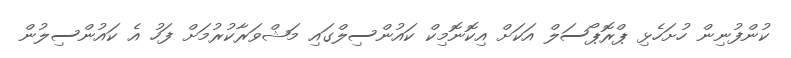
ކުންފުނިން ހުށަހެޅި ޕްރޮޕޯސަލް އަކަށް އިކޮނޮމިކް ކައުންސިލްގައި މަޝްވަރާކުރުމަށް ފަހު އެ ކައުންސިލުން